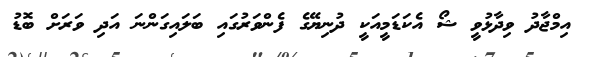
އިމްޖާދު ވިދާޅުވީ ޝޯ އެކަޑަމީއަކީ ދުނިޔޭގެ ފެންވަރުގައި ބަލައިގަންނަ އަދި ވަރަށް ބޮޑު